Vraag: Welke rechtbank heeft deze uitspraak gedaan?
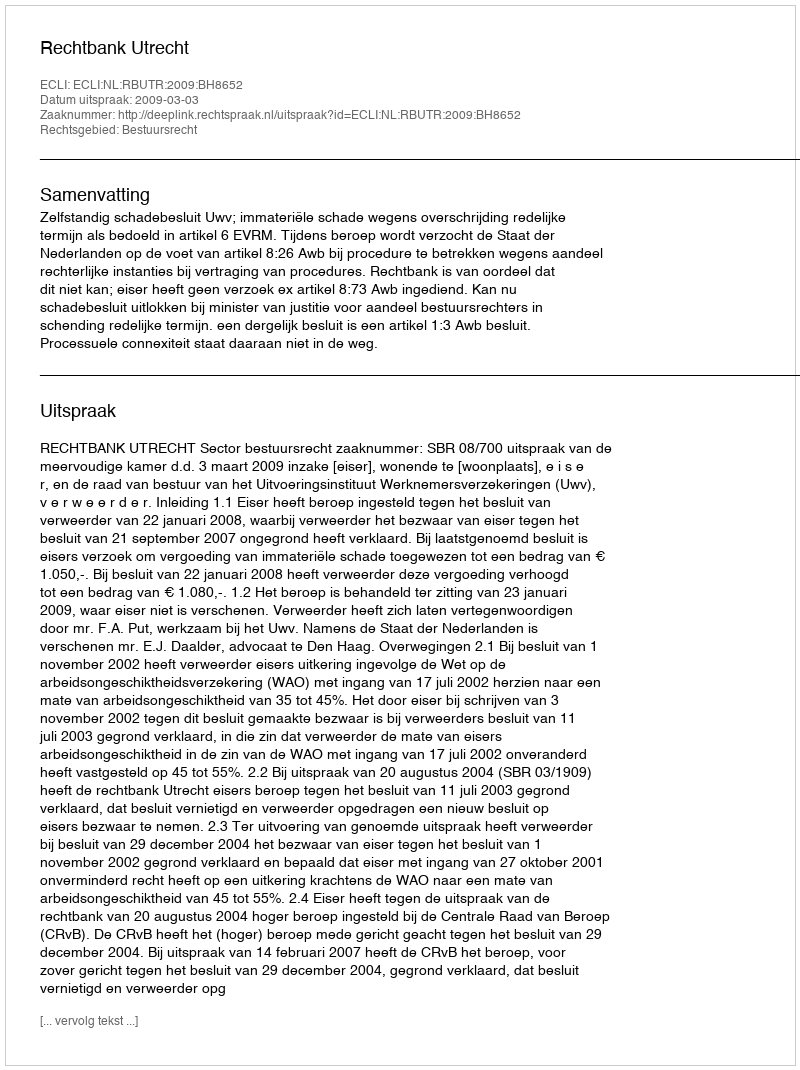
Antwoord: Rechtbank Utrecht